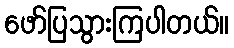
ဖော်ပြသွားကြပါတယ်။